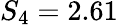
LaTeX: S_{4}=2.61